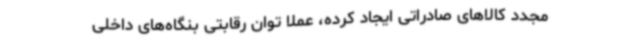
مجدد کالاهای صادراتی ایجاد کرده، عملاً توان رقابتی بنگاه‌های داخلی